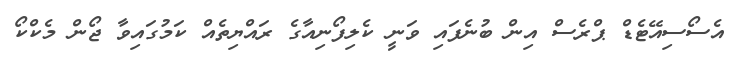
އެސޯސިއޭޓެޑް ޕްރެސް އިން ބުނެފައި ވަނީ ކެލިފޯނިއާގެ ރައްޔިތެއް ކަމުގައިވާ ޖޯން މެކްކޯ